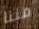
مننا